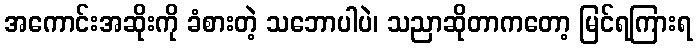
အကောင်းအဆိုးကို ခံစားတဲ့ သဘောပါပဲ၊ သညာဆိုတာကတော့ မြင်ရကြားရ